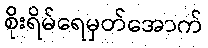
စိုးရိမ်ရေမှတ်အောက်